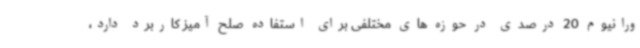
ورانیوم 20 درصدی در حوزه های مختلفی برای استفاده صلح آمیز کاربرد دارد،